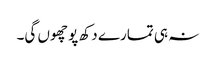
نہ ہی تمارے دکھ پو چھوں گی۔